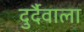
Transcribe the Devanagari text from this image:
दुर्दैवाला